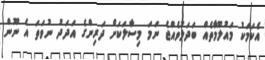
އެކަމަކު މައުލޫމާތެއް ބަދަލުވެއްޖެ ނަމަ މިސާލަކަށް ދަރިންގެ އަދަދު ނުވަތަ އެ ނޫން